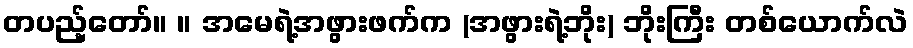
တပည့်တော်။ ။ အမေရဲ့အဖွားဖက်က (အဖွားရဲ့ဘိုး) ဘိုးကြီး တစ်ယောက်လဲ